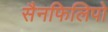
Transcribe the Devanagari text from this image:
सैनफिलिपो